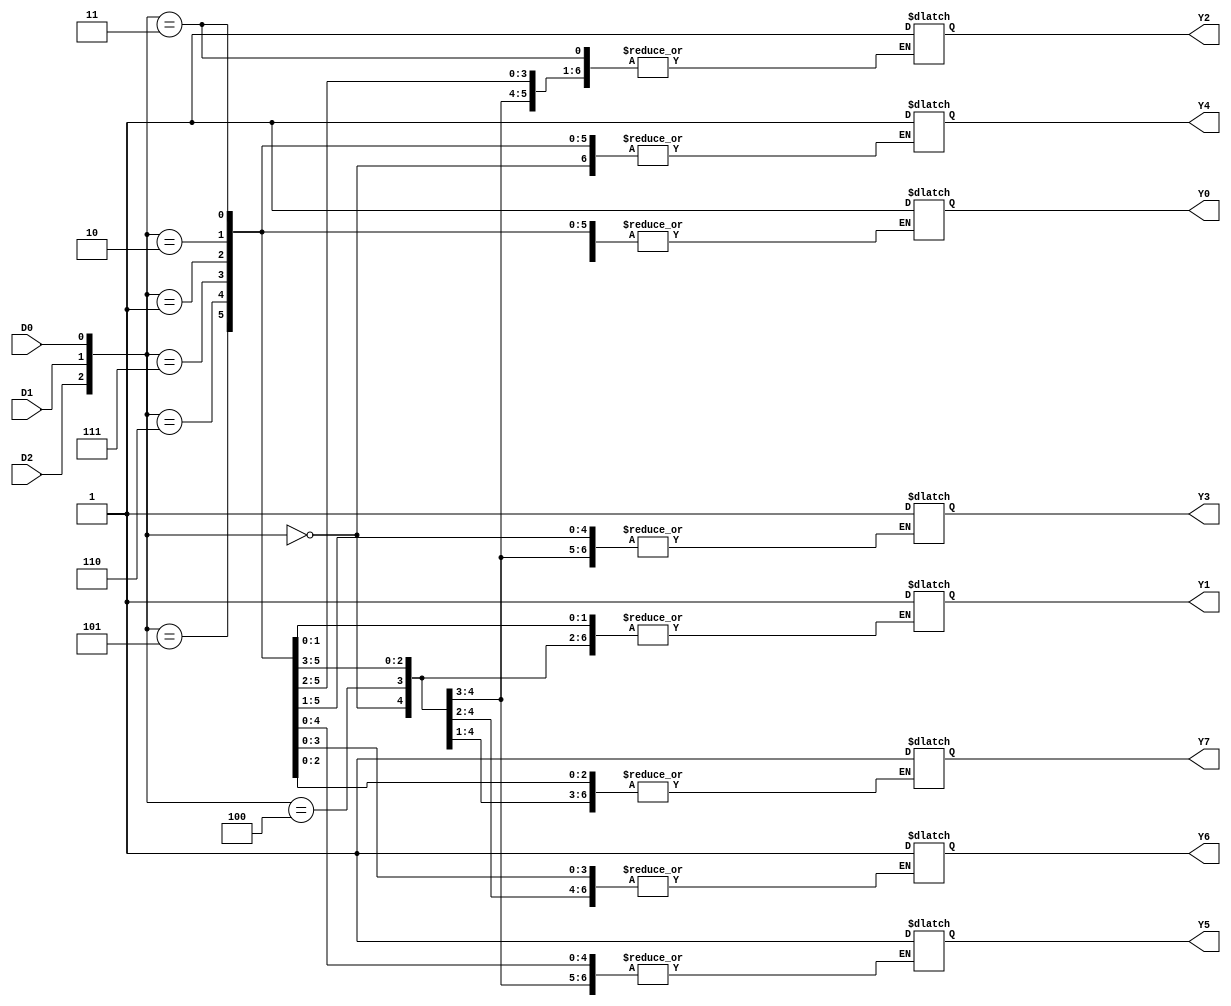
module DECODER_design(
    input D0,
    input D1,
    input D2,
    output reg Y0 = 0,
    output reg Y1 = 0,
    output reg Y2 = 0,
    output reg Y3 = 0,
    output reg Y4 = 0,
    output reg Y5 = 0,
    output reg Y6 = 0,
    output reg Y7 = 0
    );
    always @* begin
        case({D2, D1, D0})
            3'b000: Y0 = 1;
            3'b001: Y1 = 1;
            3'b010: Y2 = 1;
            3'b011: Y3 = 1;
            3'b100: Y4 = 1;
            3'b101: Y5 = 1;
            3'b110: Y6 = 1;
            3'b111: Y7 = 1;
            default: {Y0, Y1, Y2, Y3, Y4, Y5, Y6, Y7} = 8'b00000000; 
        endcase
    end
endmodule